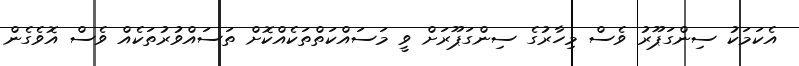
އެކަމަކު ސިންގަޕޫރު ވެސް މިހާރުގެ ސިންގަޕޫރަށް ވީ މަސައްކަތްތަކެއްކޮށް ތަސައްވުރުތަކެއް ވެސް އޮވެގެން